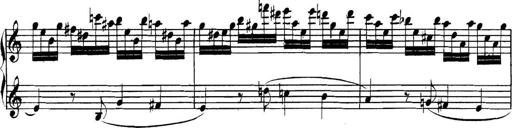
Title: Collected Piano Sonatas
Composer: Muzio Clementi